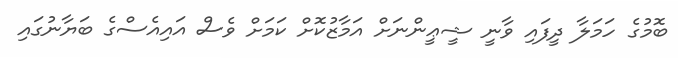
ބޮމުގެ ހަމަލާ ދީފައި ވާނީ ޝީޢީންނަށް އަމާޒުކޮށް ކަމަށް ވެސް އައިއެސްގެ ބަޔާނުގައި